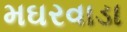
મઘરવાડા